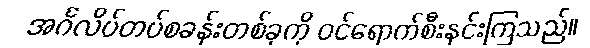
အင်္ဂလိပ်တပ်စခန်းတစ်ခုကို ဝင်ရောက်စီးနင်းကြသည်။